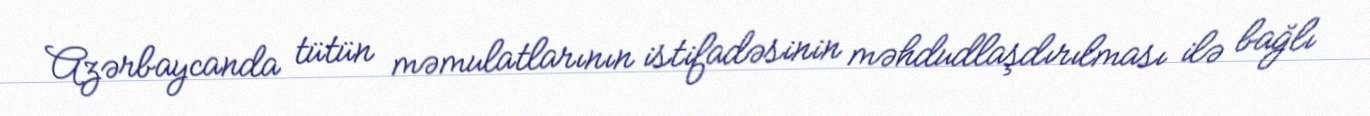
Azərbaycanda tütün məmulatlarının istifadəsinin məhdudlaşdırılması ilə bağlı